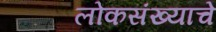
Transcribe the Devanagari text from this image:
लोकसंख्याचे